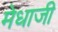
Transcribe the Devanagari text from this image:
मेधाजी